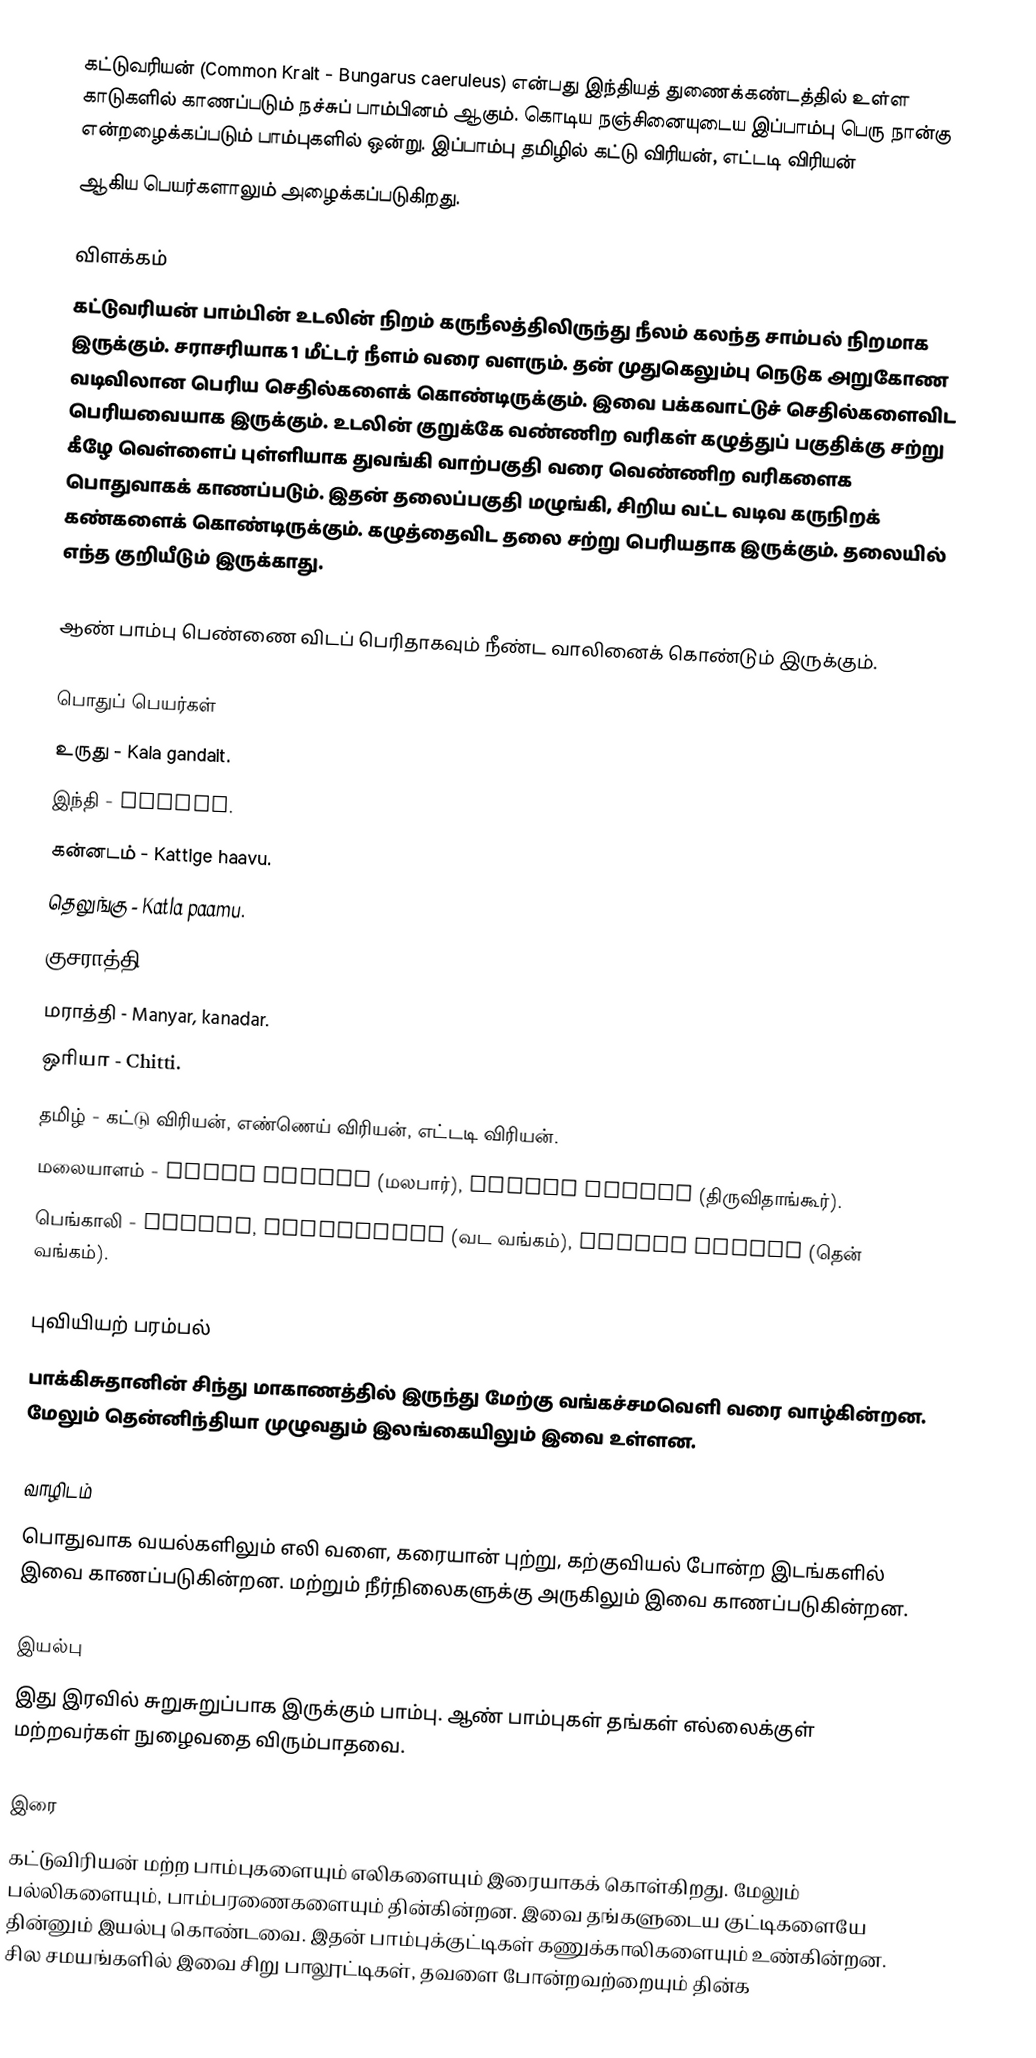
கட்டுவரியன் (Common Krait - Bungarus caeruleus) என்பது இந்தியத் துணைக்கண்டத்தில் உள்ள காடுகளில் காணப்படும் நச்சுப் பாம்பினம் ஆகும். கொடிய நஞ்சினையுடைய இப்பாம்பு பெரு நான்கு என்றழைக்கப்படும் பாம்புகளில் ஒன்று. இப்பாம்பு தமிழில் கட்டு விரியன், எட்டடி விரியன்
 ஆகிய பெயர்களாலும் அழைக்கப்படுகிறது.

விளக்கம்
கட்டுவரியன் பாம்பின் உடலின் நிறம் கருநீலத்திலிருந்து நீலம் கலந்த சாம்பல் நிறமாக இருக்கும். சராசரியாக 1 மீட்டர் நீளம் வரை வளரும். தன் முதுகெலும்பு நெடுக அறுகோண வடிவிலான பெரிய செதில்களைக் கொண்டிருக்கும். இவை பக்கவாட்டுச் செதில்களைவிட பெரியவையாக இருக்கும். உடலின் குறுக்கே வண்ணிற வரிகள் கழுத்துப் பகுதிக்கு சற்று கீழே வெள்ளைப் புள்ளியாக துவங்கி வாற்பகுதி வரை வெண்ணிற வரிகளைக பொதுவாகக் காணப்படும். இதன் தலைப்பகுதி மழுங்கி, சிறிய வட்ட வடிவ கருநிறக் கண்களைக் கொண்டிருக்கும். கழுத்தைவிட தலை சற்று பெரியதாக இருக்கும். தலையில் எந்த குறியீடும் இருக்காது.

ஆண் பாம்பு பெண்ணை விடப் பெரிதாகவும் நீண்ட வாலினைக் கொண்டும் இருக்கும்.

பொதுப் பெயர்கள்
 உருது - Kala gandait.
 இந்தி - Karait.
 கன்னடம் - Kattige haavu.
 தெலுங்கு - Katla paamu.
 குசராத்தி - Kala taro.
 மராத்தி -  Manyar, kanadar.
 ஒரியா - Chitti.
 தமிழ் - கட்டு விரியன், எண்ணெய் விரியன், எட்டடி விரியன்.
 மலையாளம் - Yalla pamboo (மலபார்), Ettadi veeran (திருவிதாங்கூர்).
 பெங்காலி - Kalach, Domnachiti (வட வங்கம்), Shiyar Chanda (தென் வங்கம்).

புவியியற் பரம்பல்
பாக்கிசுதானின் சிந்து மாகாணத்தில் இருந்து மேற்கு வங்கச்சமவெளி வரை வாழ்கின்றன. மேலும் தென்னிந்தியா முழுவதும் இலங்கையிலும் இவை உள்ளன.

வாழிடம்
பொதுவாக வயல்களிலும் எலி வளை, கரையான் புற்று, கற்குவியல் போன்ற இடங்களில் இவை காணப்படுகின்றன. மற்றும் நீர்நிலைகளுக்கு அருகிலும் இவை காணப்படுகின்றன.

இயல்பு
இது இரவில் சுறுசுறுப்பாக இருக்கும் பாம்பு. ஆண் பாம்புகள் தங்கள் எல்லைக்குள் மற்றவர்கள் நுழைவதை விரும்பாதவை.

இரை
கட்டுவிரியன் மற்ற பாம்புகளையும் எலிகளையும் இரையாகக் கொள்கிறது. மேலும் பல்லிகளையும், பாம்பரணைகளையும் தின்கின்றன. இவை தங்களுடைய குட்டிகளையே தின்னும் இயல்பு கொண்டவை. இதன் பாம்புக்குட்டிகள் கணுக்காலிகளையும் உண்கின்றன. சில சமயங்களில் இவை சிறு பாலூட்டிகள், தவளை போன்றவற்றையும் தின்க